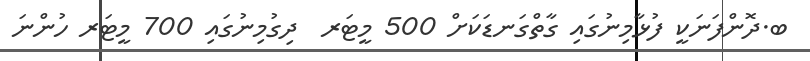
ބ.ދޮންފަނަކީ ފުޅާމިނުގައި ގާތްގަނޑަކަށް 500 މީޓަރ  ދިގުމިނުގައި 700 މީޓަރ ހުންނަ